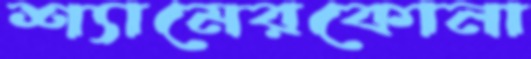
শ্যামেরকোনা